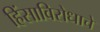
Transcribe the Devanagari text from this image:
हिंसाविरोधाचे